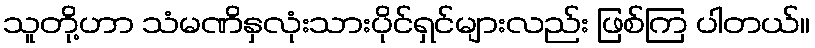
သူတို့ဟာ သံမဏိနှလုံးသားပိုင်ရှင်များလည်း ဖြစ်ကြ ပါတယ်။